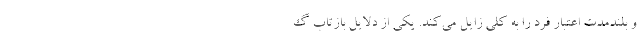
و بلندمدت اعتبار فرد را به کلی زایل می‌کند. یکی از دلایل بازتاب گ